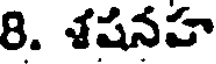
8. శషనహ